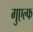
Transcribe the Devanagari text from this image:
गुएल्फ